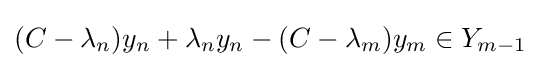
(C-\lambda _{n})y_{n}+\lambda _{n}y_{n}-(C-\lambda _{m})y_{m}\in Y_{m-1}